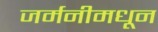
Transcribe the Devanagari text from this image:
जर्मनीमधून